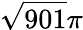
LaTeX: \sqrt{901}\pi